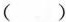
( )